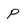
Character: p